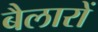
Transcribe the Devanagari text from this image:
बैलारों